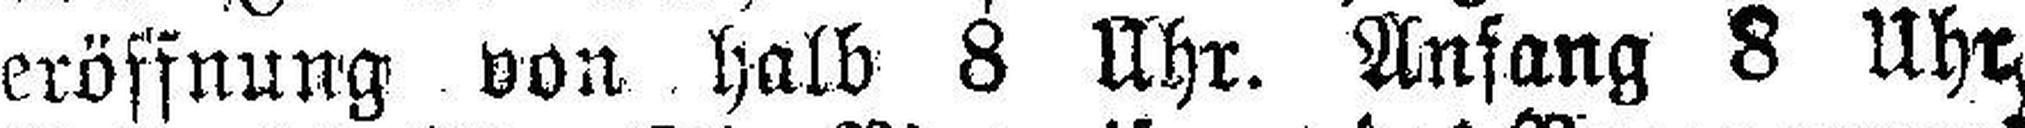
eröffnung von halb 8 Uhr. Anfang 8 Uhr.